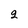
Character: 2